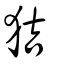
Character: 狤